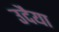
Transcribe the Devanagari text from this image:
उदैया